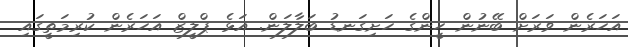
އަހަރެން ވަރަށް ބޭނުން ހީންގެ ހަށިގަނޑު ބަލާލަން. އަޅެ ޕްލީޒް އަހަރެން ކުރިމަތީގައި